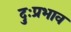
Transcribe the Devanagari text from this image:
दुःप्रभाव